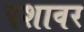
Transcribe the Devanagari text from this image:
पशावर